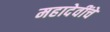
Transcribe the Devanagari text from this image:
महादेवींचे